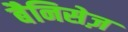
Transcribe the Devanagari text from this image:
बैनिसेज़